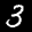
Label: 3